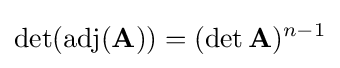
\det(\operatorname {adj} (\mathbf {A} ))=(\det \mathbf {A} )^{n-1}